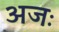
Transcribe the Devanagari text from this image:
अजः